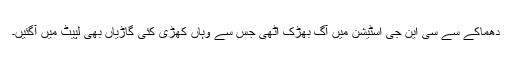
دھماکے سے سی این جی اسٹیشن میں آگ بھڑک اٹھی جس سے وہاں کھڑی کئی گاڑیاں بھی لپیٹ میں آگئیں۔